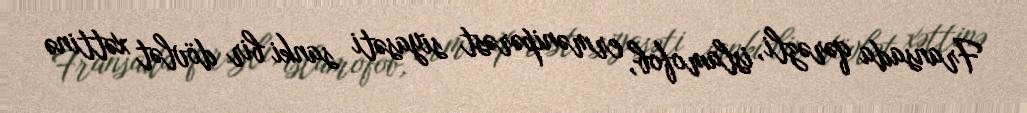
Fransada qərəzli, islamofob, ermənipərəst siyasəti sanki bir dövlət xəttinə